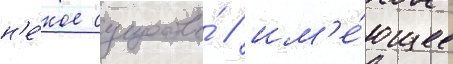
н'е́кое существо́ / им'е́ющее